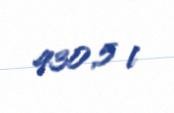
430,5 l